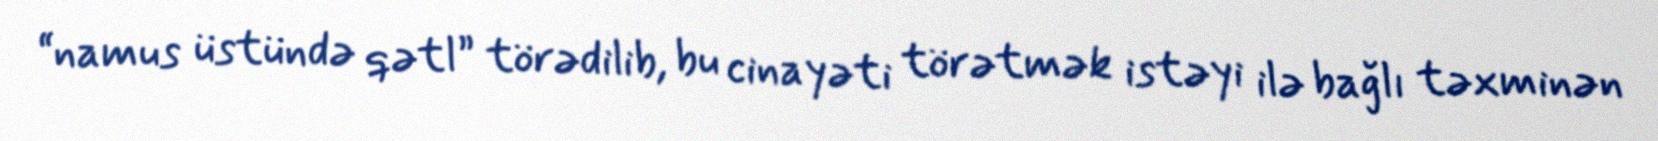
“namus üstündə qətl” törədilib, bu cinayəti törətmək istəyi ilə bağlı təxminən